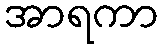
အာရကာ